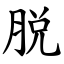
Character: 脱